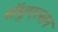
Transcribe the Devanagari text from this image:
सॅमुएल्सन